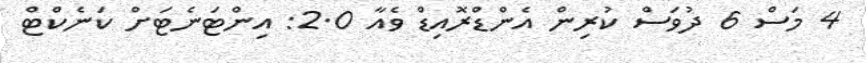
4 މަސް 6 ދުވަސް ކުރިން އެންޑްރޮއިޑް ވެއާ 2.0: އިންޓަނެޓަށް ކަނެކްޓް